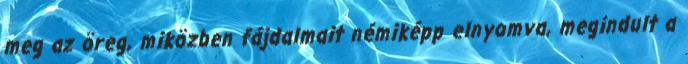
meg az öreg, miközben fájdalmait némiképp elnyomva, megindult a